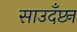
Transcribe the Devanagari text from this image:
साउदँप्टन